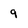
Character: 9